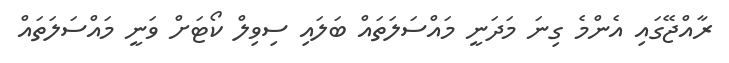
ރާއްޖޭގައި އެންމެ ގިނަ މަދަނީ މައްސަލަތައް ބަލައި ސިވިލް ކޯޓަށް ވަނީ މައްސަލަތައް